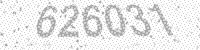
Solution: 626031